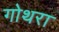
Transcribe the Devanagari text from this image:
गोथरा